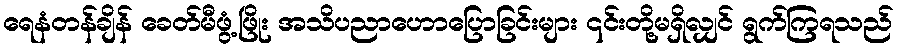
ရေနံတန်ချိန် ခေတ်မီဖွံ့ဖြိုး အသိပညာဟောပြောခြင်းများ ၎င်းတို့မရှိလျှင် ရွက်ကြရသည်